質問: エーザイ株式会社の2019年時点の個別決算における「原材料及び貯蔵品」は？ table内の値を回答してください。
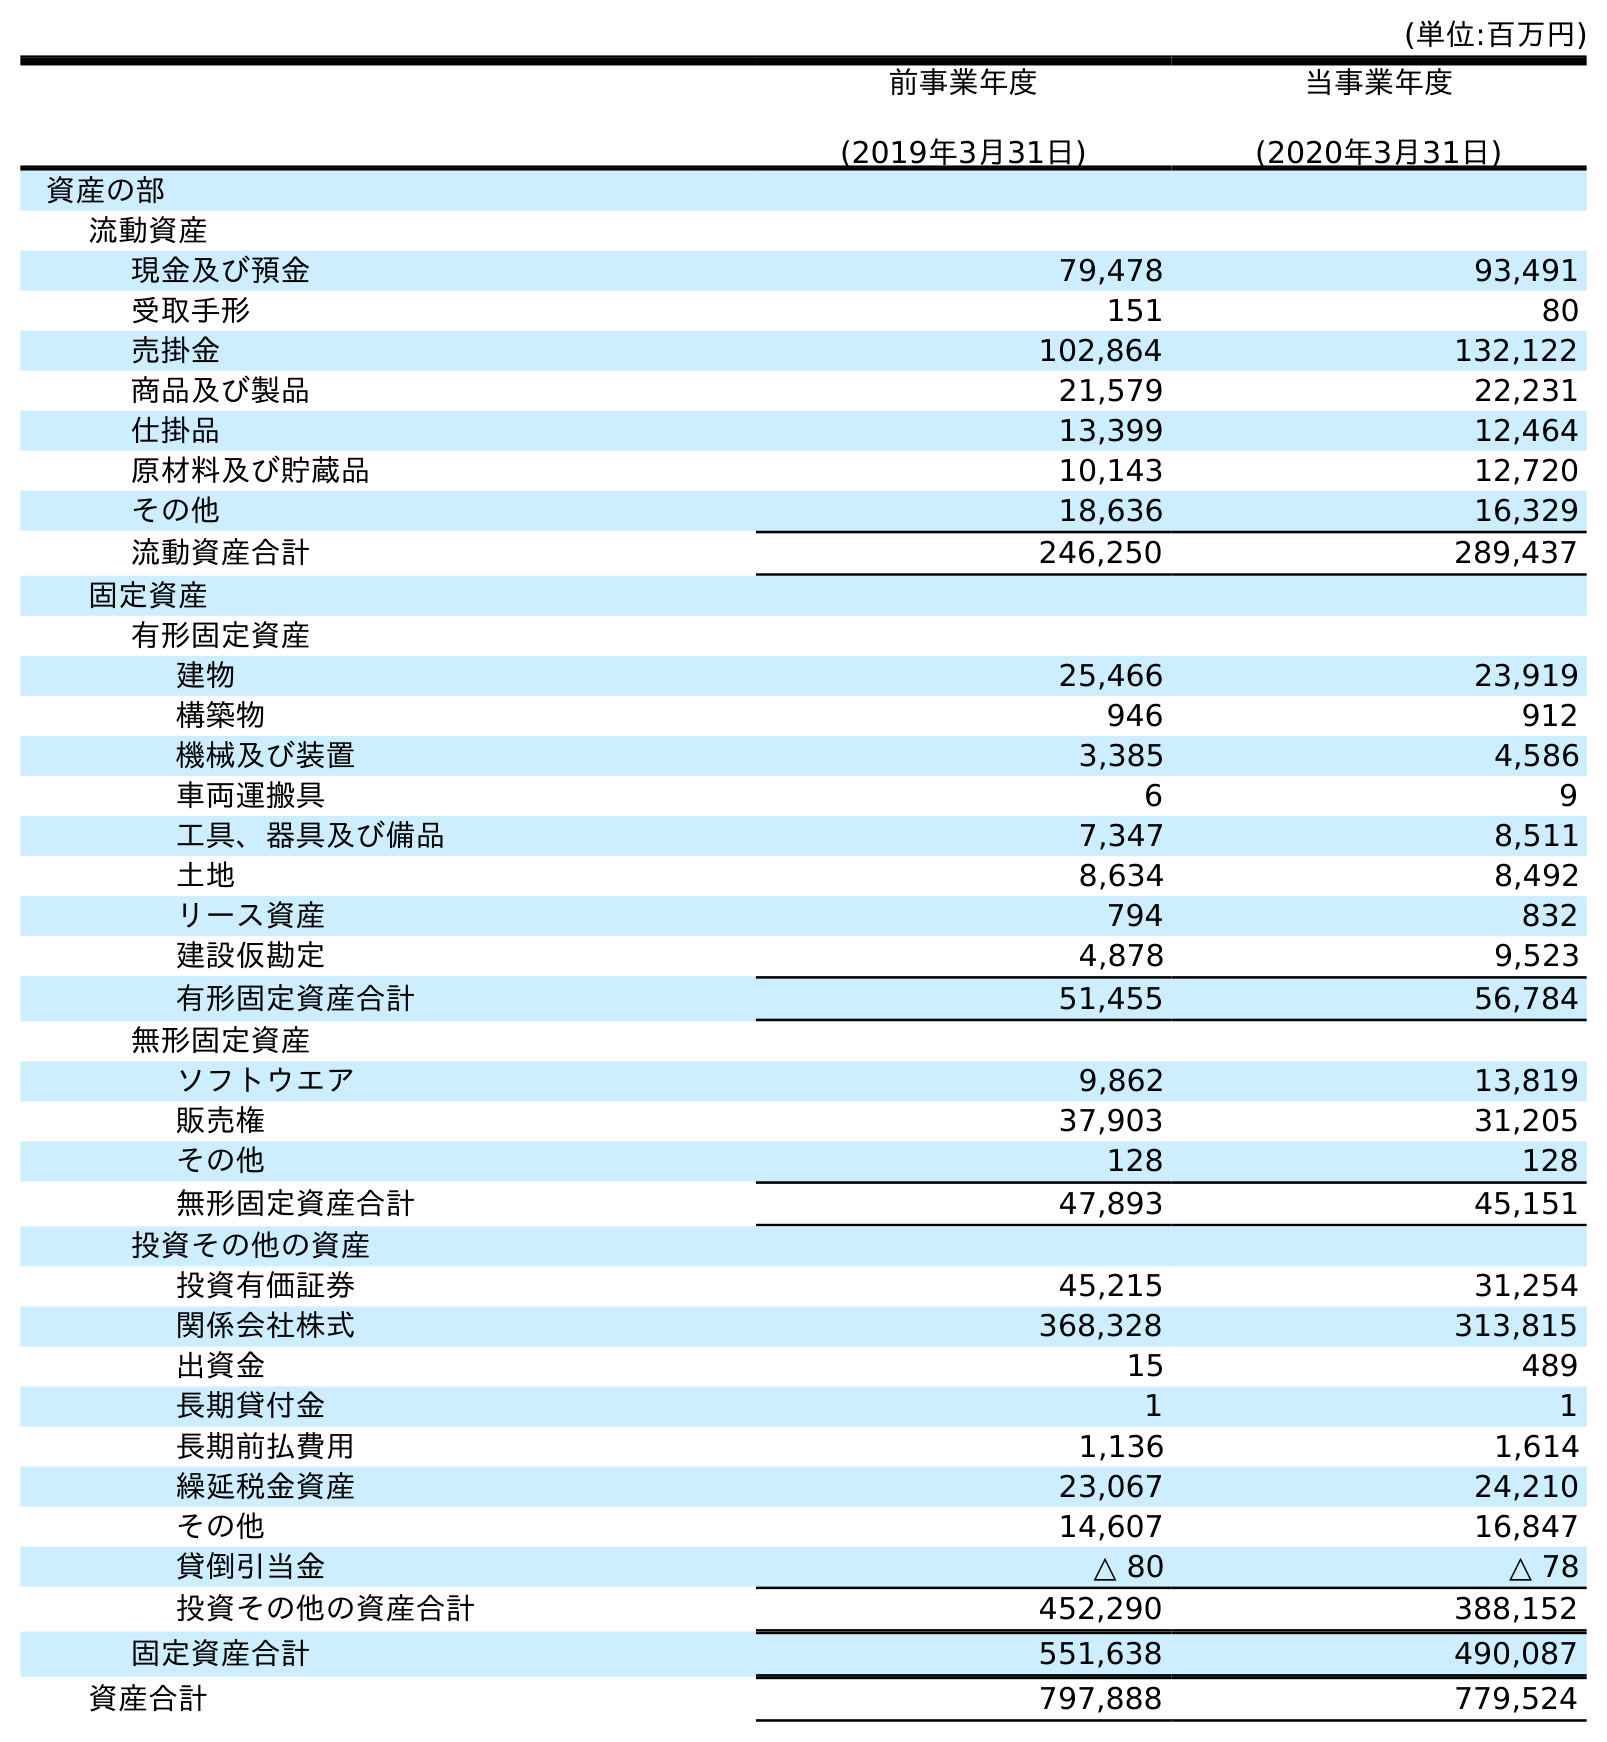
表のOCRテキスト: (単位:百万円) 前事業年度 (2019年3月31日) 当事業年度 (2020年3月31日) 資産の部 流動資産 現金及び預金 79,478 93,491 受取手形 151 80 売掛金 102,864 132,122 商品及び製品 21,579 22,231 仕掛品 13,399 12,464 原材料及び貯蔵品 10,143 12,720 その他 18,636 16,329 流動資産合計 246,250 289,437 固定資産 有形固定資産 建物 25,466 23,919 構築物 946 912 機械及び装置 3,385 4,586 車両運搬具 6 9 工具、器具及び備品 7,347 8,511 土地 8,634 8,492 リース資産 794 832 建設仮勘定 4,878 9,523 有形固定資産合計 51,455 56,784 無形固定資産 ソフトウエア 9,862 13,819 販売権 37,903 31,205 その他 128 128 無形固定資産合計 47,893 45,151 投資その他の資産 投資有価証券 45,215 31,254 関係会社株式 368,328 313,815 出資金 15 489 長期貸付金 1 1 長期前払費用 1,136 1,614 繰延税金資産 23,067 24,210 その他 14,607 16,847 貸倒引当金 △ 80 △ 78 投資その他の資産合計 452,290 388,152 固定資産合計 551,638 490,087 資産合計 797,888 779,524
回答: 10,143